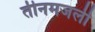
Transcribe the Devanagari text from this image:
तीनमजली